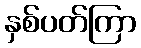
နှစ်ပတ်ကြာ